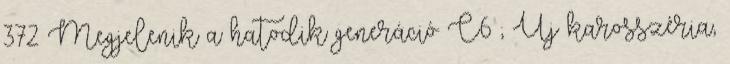
372 Megjelenik a hatodik generáció C6 ; Új karosszéria,